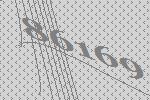
86169